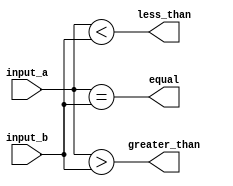
module comparator(
    input [3:0] input_a,
    input [3:0] input_b,
    output equal,
    output greater_than,
    output less_than
);

assign equal = (input_a == input_b);
assign greater_than = (input_a > input_b);
assign less_than = (input_a < input_b);

endmodule